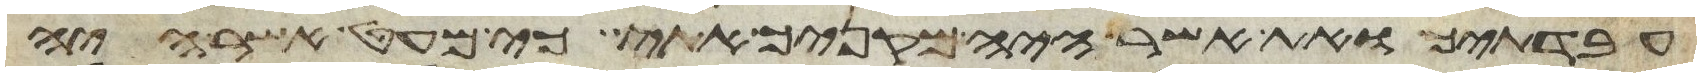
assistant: עבדתיך ואת אשר היה מקניך אתי כי מעט אשר היה